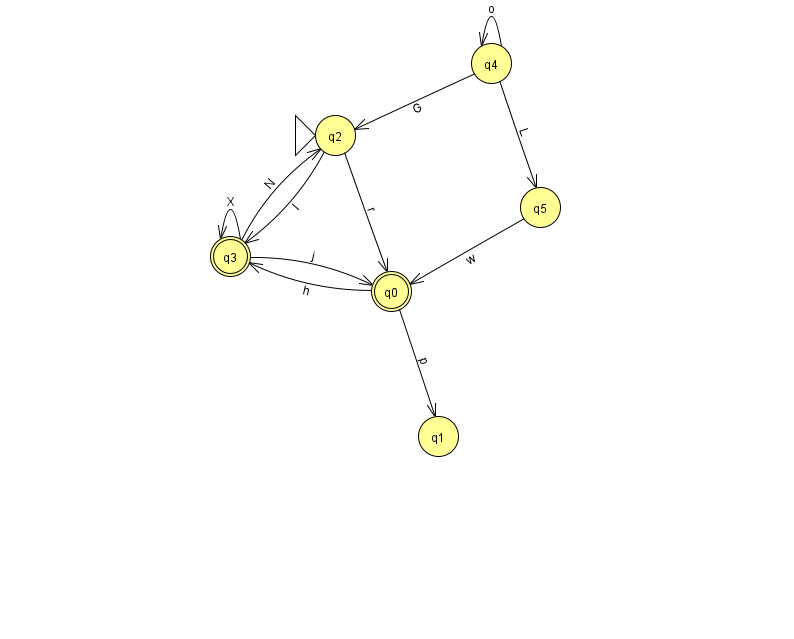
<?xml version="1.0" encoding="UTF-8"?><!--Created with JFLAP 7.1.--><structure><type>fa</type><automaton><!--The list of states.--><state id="0" name="q0"><x>391.0</x><y>278.0</y><final/></state><state id="1" name="q1"><x>438.0</x><y>423.0</y></state><state id="2" name="q2"><x>335.0</x><y>122.0</y><initial/></state><state id="3" name="q3"><x>230.0</x><y>243.0</y><final/></state><state id="4" name="q4"><x>491.0</x><y>50.0</y></state><state id="5" name="q5"><x>540.0</x><y>194.0</y></state><!--The list of transitions.--><transition><from>0</from><to>1</to><read>p</read></transition><transition><from>4</from><to>5</to><read>L</read></transition><transition><from>3</from><to>0</to><read>j</read></transition><transition><from>0</from><to>3</to><read>h</read></transition><transition><from>2</from><to>3</to><read>I</read></transition><transition><from>3</from><to>3</to><read>X</read></transition><transition><from>2</from><to>0</to><read>r</read></transition><transition><from>5</from><to>0</to><read>w</read></transition><transition><from>3</from><to>2</to><read>N</read></transition><transition><from>4</from><to>2</to><read>G</read></transition><transition><from>4</from><to>4</to><read>o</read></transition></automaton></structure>